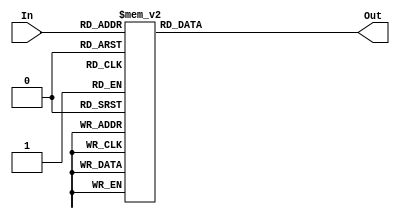
/* LUT para estados */
/* Dois primeiros digitos da entrada eh o estado anterior */
/* Dois bits seguintes sao as entradas da da calculadora */

module checkOpNum (In, Out);
	input [3:0] In;
	output reg[1:0] Out;

	always @(*)	
		case (In)
			4'b0000 : Out = 2'b01; 
			4'b0001 : Out = 2'b01;
			4'b0010 : Out = 2'b01; 
			4'b0011 : Out = 2'b01; 

			4'b0100 : Out = 2'b01; 
			4'b0101 : Out = 2'b01; 
			4'b0110 : Out = 2'b01; 
			4'b0111 : Out = 2'b01; 
 
			4'b1000 : Out = 2'b01;      
			4'b1001 : Out = 2'b01;
			4'b1010 : Out = 2'b11; 
			4'b1011 : Out = 2'b00; 

			4'b1100 : Out = 2'b10; 
			4'b1101 : Out = 2'b10; 
			4'b1110 : Out = 2'b10; 
			4'b1111 : Out = 2'b00; 
	
			default : Out = 2'b00;
		endcase
		
endmodule